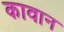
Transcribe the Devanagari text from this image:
कावान